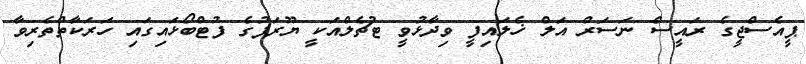
ޕީއެސްޖީގެ ރައީސް ނަސަރް އަލް ޚެލައިފީ ވިދާޅުވީ ޓުޗެލްއަކީ ޔޫރަޕުގެ ފުޓްބޯޅައިގައި ހަރަކާތްތެރިވާ